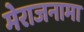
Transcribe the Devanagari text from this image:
मेराजनामा